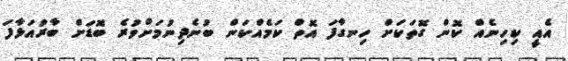
އެއީ ކިހިނެއް ކޮން ގޮތަކަށް ހިނގާފަ އޮތް ކަމެއްކަން ބުނެދިނުމަށްވުރެ ބޮޑަށް ބާރުއަޅާފަ